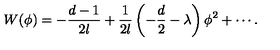
W ( \phi ) = - \frac { d - 1 } { 2 l } + \frac 1 { 2 l } \left( - \frac { d } 2 - \lambda \right) \phi ^ { 2 } + \cdots .